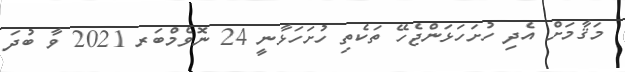
މަޤާމަށް އެދި ހުށަހަޅަންޖެހޭ ތަކެތި ހުށަހަޅާނީ 24 ނޮވެމްބަރ 2021 ވާ ބުދަ